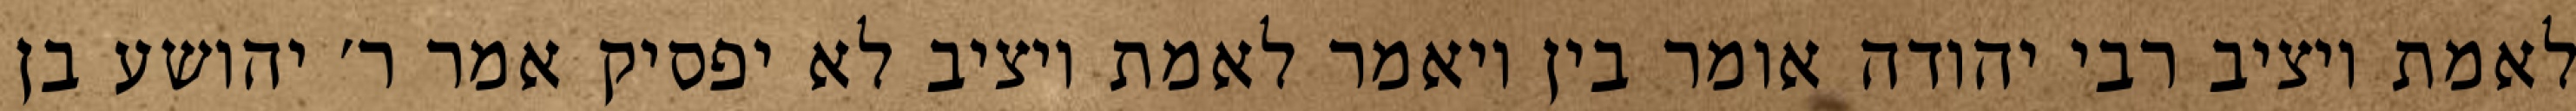
לאמת ויציב רבי יהודה אומר בין ויאמר לאמת ויציב לא יפסיק אמר ר׳ יהושע בן